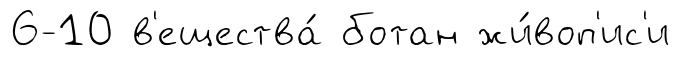
6-10 в'ещества́ ботан жи́воп'ис'и